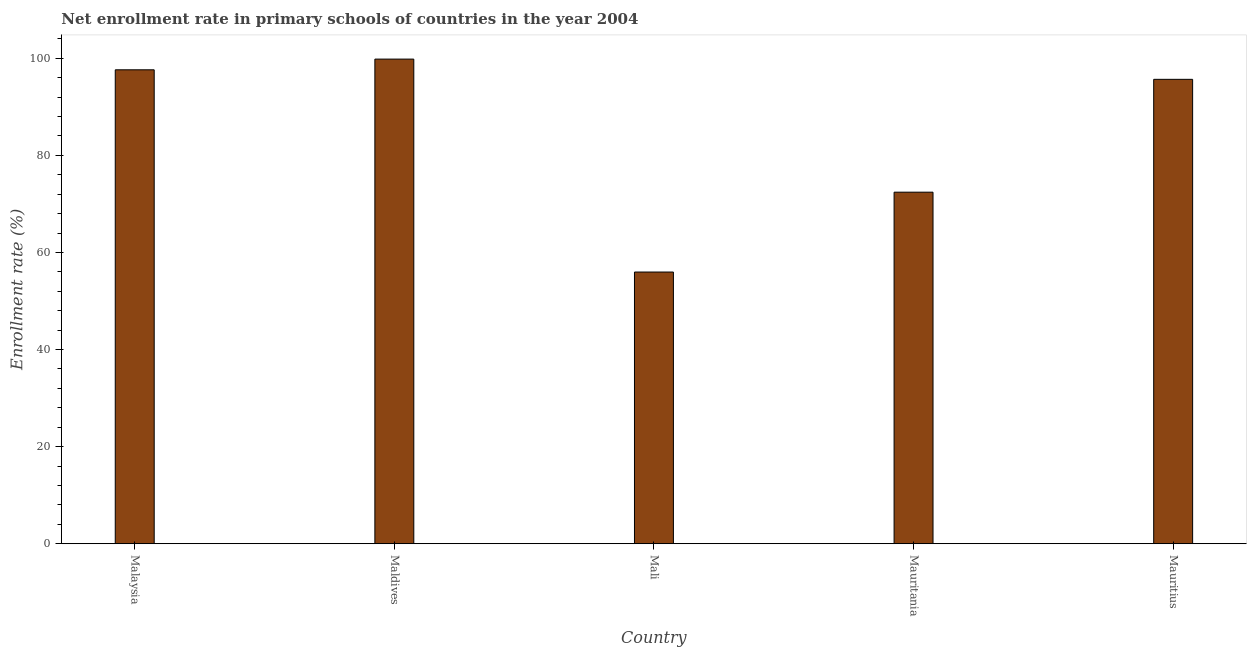
| Country | Adjusted net enrolment rate |
 | --- | --- |
 | Malaysia | 97.6 |
 | Maldives | 99.8 |
 | Mali | 56 |
 | Mauritania | 72.4 |
 | Mauritius | 95.7 |